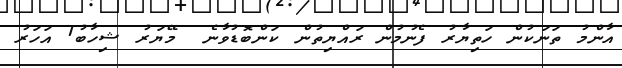
އާންމު ތަނަކުން ހަތިޔާރު ފެނުމުން ރައްޔިތުން ކަންބޮޑުވާނެ  މޭޔަރު ޝިހާބު1 އަހަރު